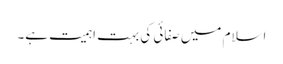
اسلام میں صفائی کی بہت اہمیت ہے۔